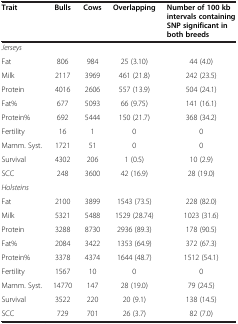
<table><thead><tr><td><b>Trait</b></td><td><b>Bulls</b></td><td><b>Cows</b></td><td><b>Overlapping</b></td><td><b>Number of 100 kb intervals containing SNP significant in both breeds</b></td></tr></thead><tbody><tr><td><i>Jerseys</i></td><td> </td><td> </td><td> </td><td> </td></tr><tr><td>Fat</td><td>806</td><td>984</td><td>25 (3.10)</td><td>44 (4.0)</td></tr><tr><td>Milk</td><td>2117</td><td>3969</td><td>461 (21.8)</td><td>242 (23.5)</td></tr><tr><td>Protein</td><td>4016</td><td>2606</td><td>557 (13.9)</td><td>504 (24.1)</td></tr><tr><td>Fat%</td><td>677</td><td>5093</td><td>66 (9.75)</td><td>141 (16.1)</td></tr><tr><td>Protein%</td><td>692</td><td>5444</td><td>150 (21.7)</td><td>368 (34.2)</td></tr><tr><td>Fertility</td><td>16</td><td>1</td><td>0</td><td>0</td></tr><tr><td>Mamm. Syst.</td><td>1721</td><td>51</td><td>0</td><td>0</td></tr><tr><td>Survival</td><td>4302</td><td>206</td><td>1 (0.5)</td><td>10 (2.9)</td></tr><tr><td>SCC</td><td>248</td><td>3600</td><td>42 (16.9)</td><td>28 (19.0)</td></tr><tr><td><i>Holsteins</i></td><td> </td><td> </td><td> </td><td> </td></tr><tr><td>Fat</td><td>2100</td><td>3899</td><td>1543 (73.5)</td><td>228 (82.0)</td></tr><tr><td>Milk</td><td>5321</td><td>5488</td><td>1529 (28.74)</td><td>1023 (31.6)</td></tr><tr><td>Protein</td><td>3288</td><td>8730</td><td>2936 (89.3)</td><td>178 (90.5)</td></tr><tr><td>Fat%</td><td>2084</td><td>3422</td><td>1353 (64.9)</td><td>372 (67.3)</td></tr><tr><td>Protein%</td><td>3378</td><td>4374</td><td>1644 (48.7)</td><td>1512 (54.1)</td></tr><tr><td>Fertility</td><td>1567</td><td>10</td><td>0</td><td>0</td></tr><tr><td>Mamm. Syst.</td><td>14770</td><td>147</td><td>28 (19.0)</td><td>79 (24.5)</td></tr><tr><td>Survival</td><td>3522</td><td>220</td><td>20 (9.1)</td><td>138 (14.5)</td></tr><tr><td>SCC</td><td>729</td><td>701</td><td>26 (3.7)</td><td>82 (7.0)</td></tr></tbody></table>